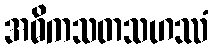
အဓိကသတသဟဿံ